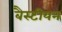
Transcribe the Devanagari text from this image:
बैस्टीयन